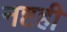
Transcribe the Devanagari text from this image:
नष्टही